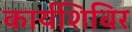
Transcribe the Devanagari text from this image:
कार्यशिविर